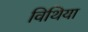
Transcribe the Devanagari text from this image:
विथिया